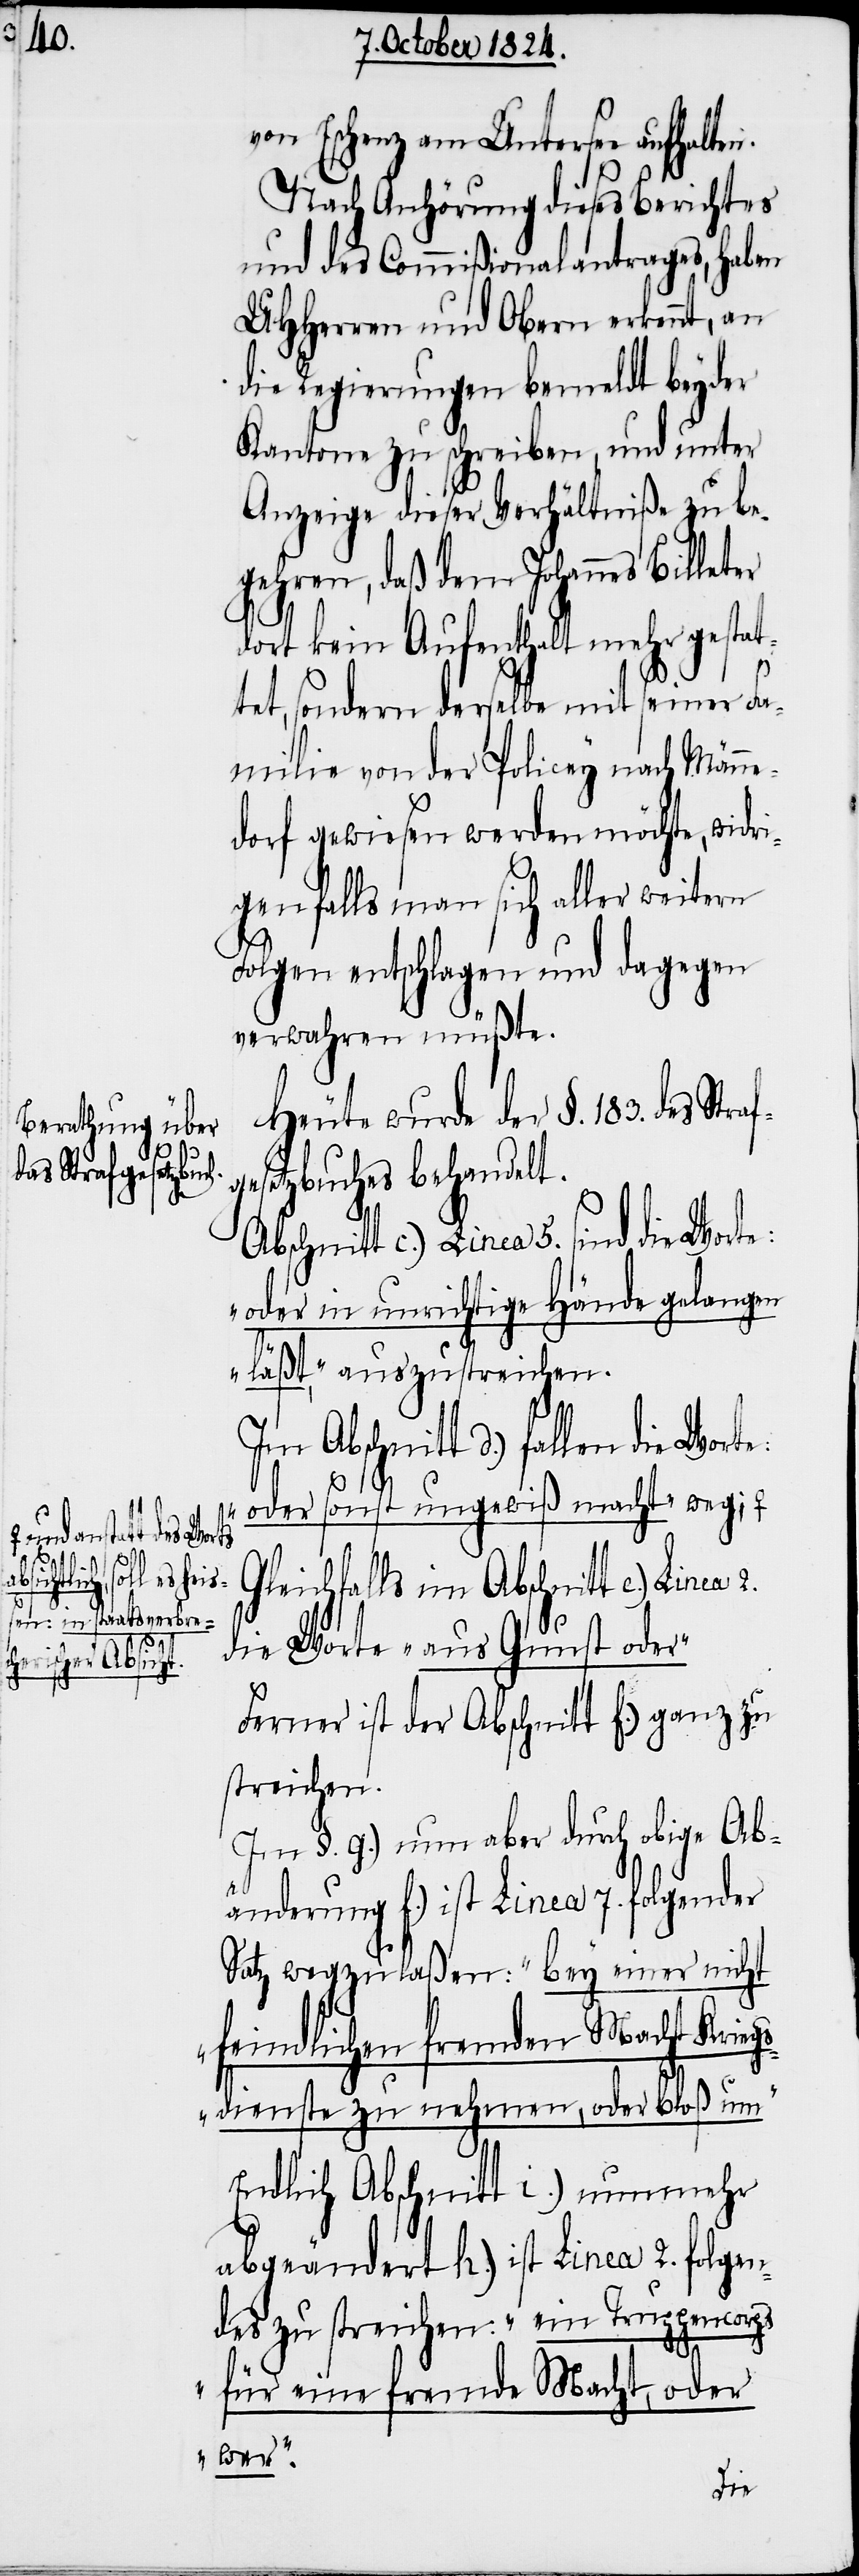
anstatt des Worts
absichtlich,
soll es heiß¬
5.
2.
en: in staatsverbrech¬
erischer Absich¬

von Eschenz am Untersee aufhalten.
Nach Anhörung dieses Berichtes
und des Commißionalantrages, haben
UHHerren und Obern erkennt, an
die Regierungen bemeldt beyder
Kantone zu schreiben, und unter
Anzeige dieser Verhältniße zu be¬
gehren, daß dem Johannes Billeter
dort kein Aufenthalt mehr gestat¬
tet, sondern derselbe mit seiner Fa¬
milie von der Policey nach Männe¬
dorf gewiesen werden möchte, widri¬
genfalls man sich aller weitern
Folgen entschlagen und dagegen
verwahren müßte.
Heute wurde der §. 183. des Stra¬
gesetzbuches behandelt.
„oder in unrichtige Hände gelangen
c.)
läßt“, auszustreichen.
Abschnitt d.) fallen die Worte
„oder sonst ungewiß macht“ weg;
Gleichfalls im Abschnitt e.) Linea
die Worte „aus Gunst oder“
Ferner ist der Abschnitt f.) ganz zu
streichen.
Im §. g.) nun aber durch obige Ab¬
t.-a
änderung f.) ist Linea 7. folgender
Satz wegzulaßen: „bey einer nicht
feindlichen fremden Macht Kriegs¬
dienste zu nehmen, oder bloß um“
Endlich Abschnitt i.) nunmehr
abgeändert h.) ist Linea 2. folgen¬
des zu streichen: „ein Truppencorps
für eine fremde Macht, oder
wer“.